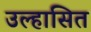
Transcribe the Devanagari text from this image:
उल्हासित